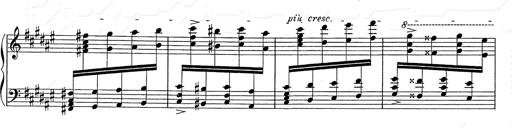
Title: Hungarian Rhapsody No.2
Composer: Franz Liszt
Key: C-sharp minor